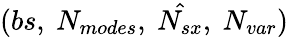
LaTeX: (bs,\ N_{modes},\ \hat{N_{sx}},\ N_{var})